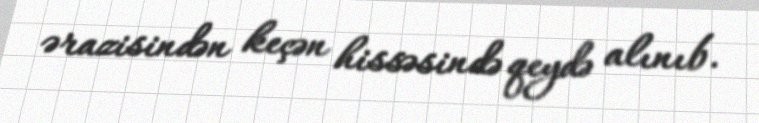
ərazisindən keçən hissəsində qeydə alınıb.